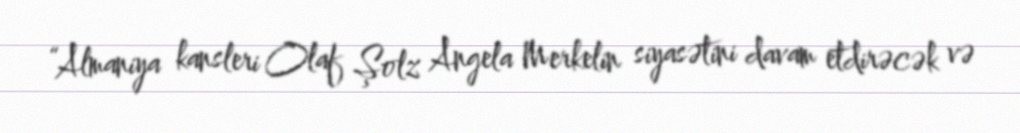
“Almaniya kansleri Olaf Şolz Angela Merkelin siyasətini davam etdirəcək və